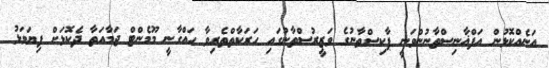
އަނެއްކޮޅުން އަފްޣާނިސްތާނުންވަނީ ޕާކިސްތާނުގެ ވަޒީރުސްތާނުގައި ހަރަކާތްތެރިވާ ހައްގާނީ މޫމެންޓް ޖަމާއަތާ ދެކޮޅަށް ފިޔަވަޅު